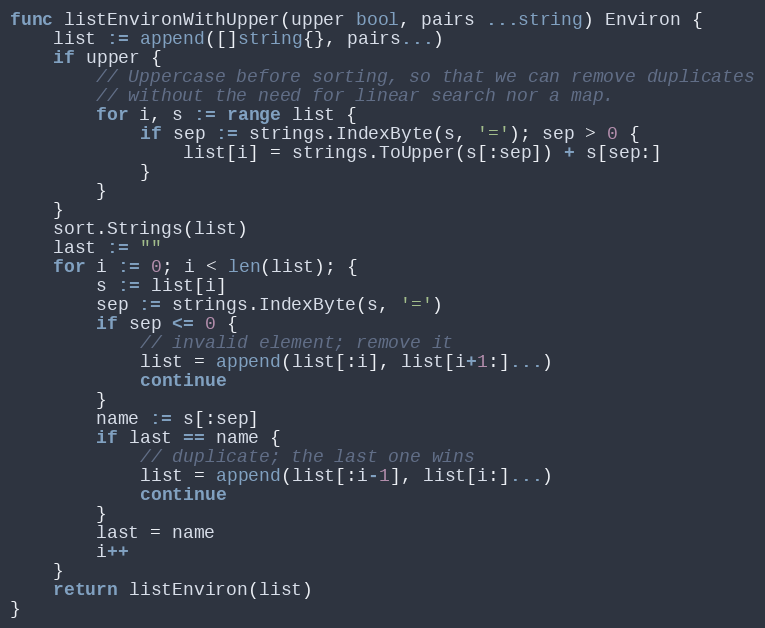
Language: Go
func listEnvironWithUpper(upper bool, pairs ...string) Environ {
	list := append([]string{}, pairs...)
	if upper {
		// Uppercase before sorting, so that we can remove duplicates
		// without the need for linear search nor a map.
		for i, s := range list {
			if sep := strings.IndexByte(s, '='); sep > 0 {
				list[i] = strings.ToUpper(s[:sep]) + s[sep:]
			}
		}
	}
	sort.Strings(list)
	last := ""
	for i := 0; i < len(list); {
		s := list[i]
		sep := strings.IndexByte(s, '=')
		if sep <= 0 {
			// invalid element; remove it
			list = append(list[:i], list[i+1:]...)
			continue
		}
		name := s[:sep]
		if last == name {
			// duplicate; the last one wins
			list = append(list[:i-1], list[i:]...)
			continue
		}
		last = name
		i++
	}
	return listEnviron(list)
}